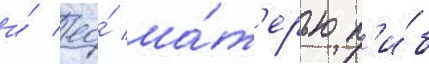
и́ ео́ ма́т'ерью п'и́б